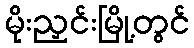
မိုးညှင်းမြို့တွင်